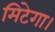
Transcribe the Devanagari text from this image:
मिटेगा।